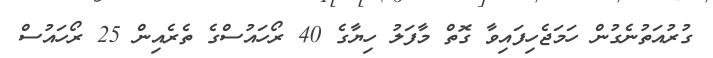
ގުރުއަތުނެގުން ހަމަޖެހިފައިވާ ގޮތް މާފަލު ހިޔާގެ 40 ރޯހައުސްގެ ތެރެއިން 25 ރޯހައުސް